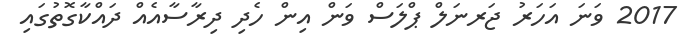
2017 ވަނަ އަހަރު ޖަރނަލް ޕްލަސް ވަން އިން ހެދި ދިރާސާއެއް ދައްކާގޮތުގައި